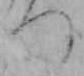
つ